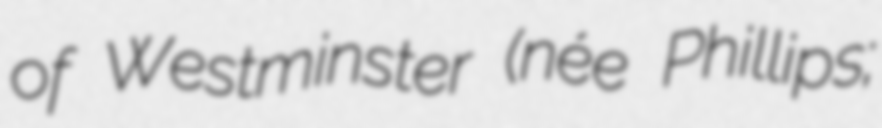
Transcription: of Westminster (née Phillips;